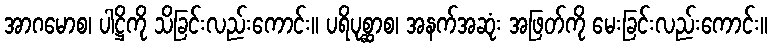
အာဂမောစ၊ ပါဋ္ဌိကို သိခြင်းလည်းကောင်း။ ပရိပုစ္ဆာစ၊ အနက်အဆုံး အဖြတ်ကို မေးခြင်းလည်းကောင်း။